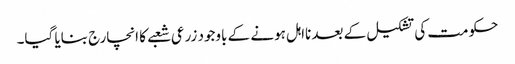
حکومت کی تشکیل کے بعد نااہل ہونے کے باوجود زرعی شعبے کا انچارج بنایا گیا۔